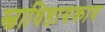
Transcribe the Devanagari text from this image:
स्वाधिष्ठायकाय